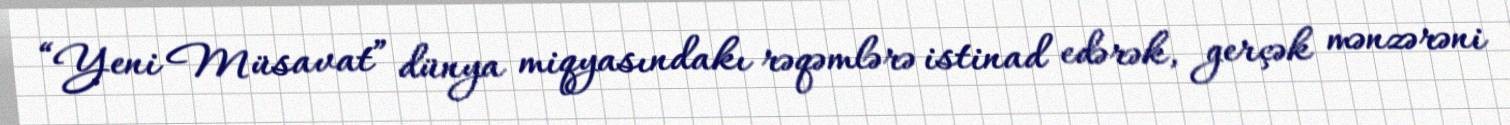
“Yeni Müsavat” dünya miqyasındakı rəqəmlərə istinad edərək, gerçək mənzərəni